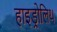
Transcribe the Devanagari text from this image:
हाइड्रोलिथ